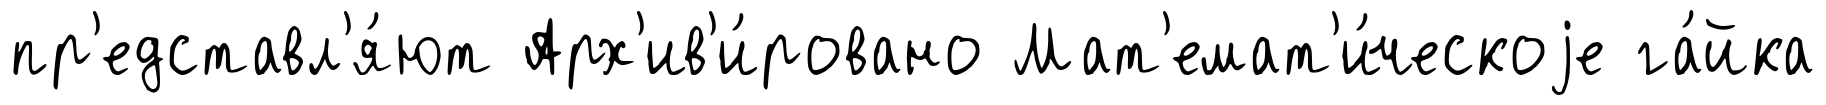
пр'едставл'я́ют Арх'ив'и́ровано Мат'емат'и́ческоjе га́йка